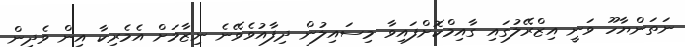
ނަތަންޔާހޫ ވަނީ އިޒްރޭލުގައި ގާއިމްކޮށްފައިވާ މިސައިލުން ދިފާއުވެވޭނެ ނިޒާމަށް އެމެރިކާ އިން ވެދިން